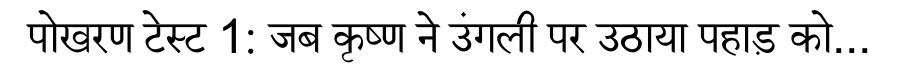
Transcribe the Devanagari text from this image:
पोखरण टेस्ट 1: जब कृष्ण ने उंगली पर उठाया पहाड़ को...